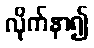
လိုက်နာ၍